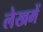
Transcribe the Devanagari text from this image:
लेखमें